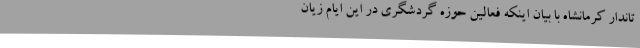
تاندار کرمانشاه با بیان اینکه فعالین حوزه گردشگری در این ایام زیان